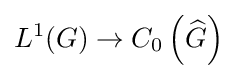
L^{1}(G)\to C_{0}\left({\widehat {G}}\right)